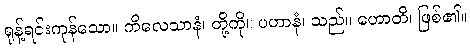
ရုန့်ရင်းကုန်သော။ ကိလေသာနံ၊ တို့ကို။ ပဟာနံ၊ သည်။ ဟောတိ၊ ဖြစ်၏။